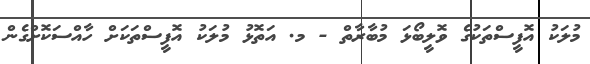
މުލަކު އޮފީސްތަކުގެ ވޮލީބޯޅަ މުބާރާތް - މ. އަތޮޅު މުލަކު އޮފީސްތަކަށް ހާއްސަކޮށްގެން